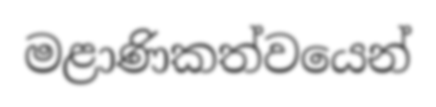
මළාණිකත්වයෙන්